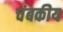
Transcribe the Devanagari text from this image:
चंबकीय